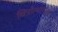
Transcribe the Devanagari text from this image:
चित्रोत्थापक